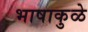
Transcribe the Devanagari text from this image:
भाषाकुळे